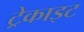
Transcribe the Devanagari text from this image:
ट्रेकाइट